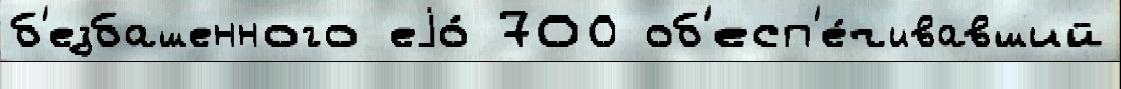
б'езбашенного еjо́ 700 об'есп'е́чивавший